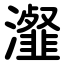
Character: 瀣